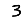
Digit: 3